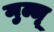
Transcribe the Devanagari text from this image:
मुल्लू